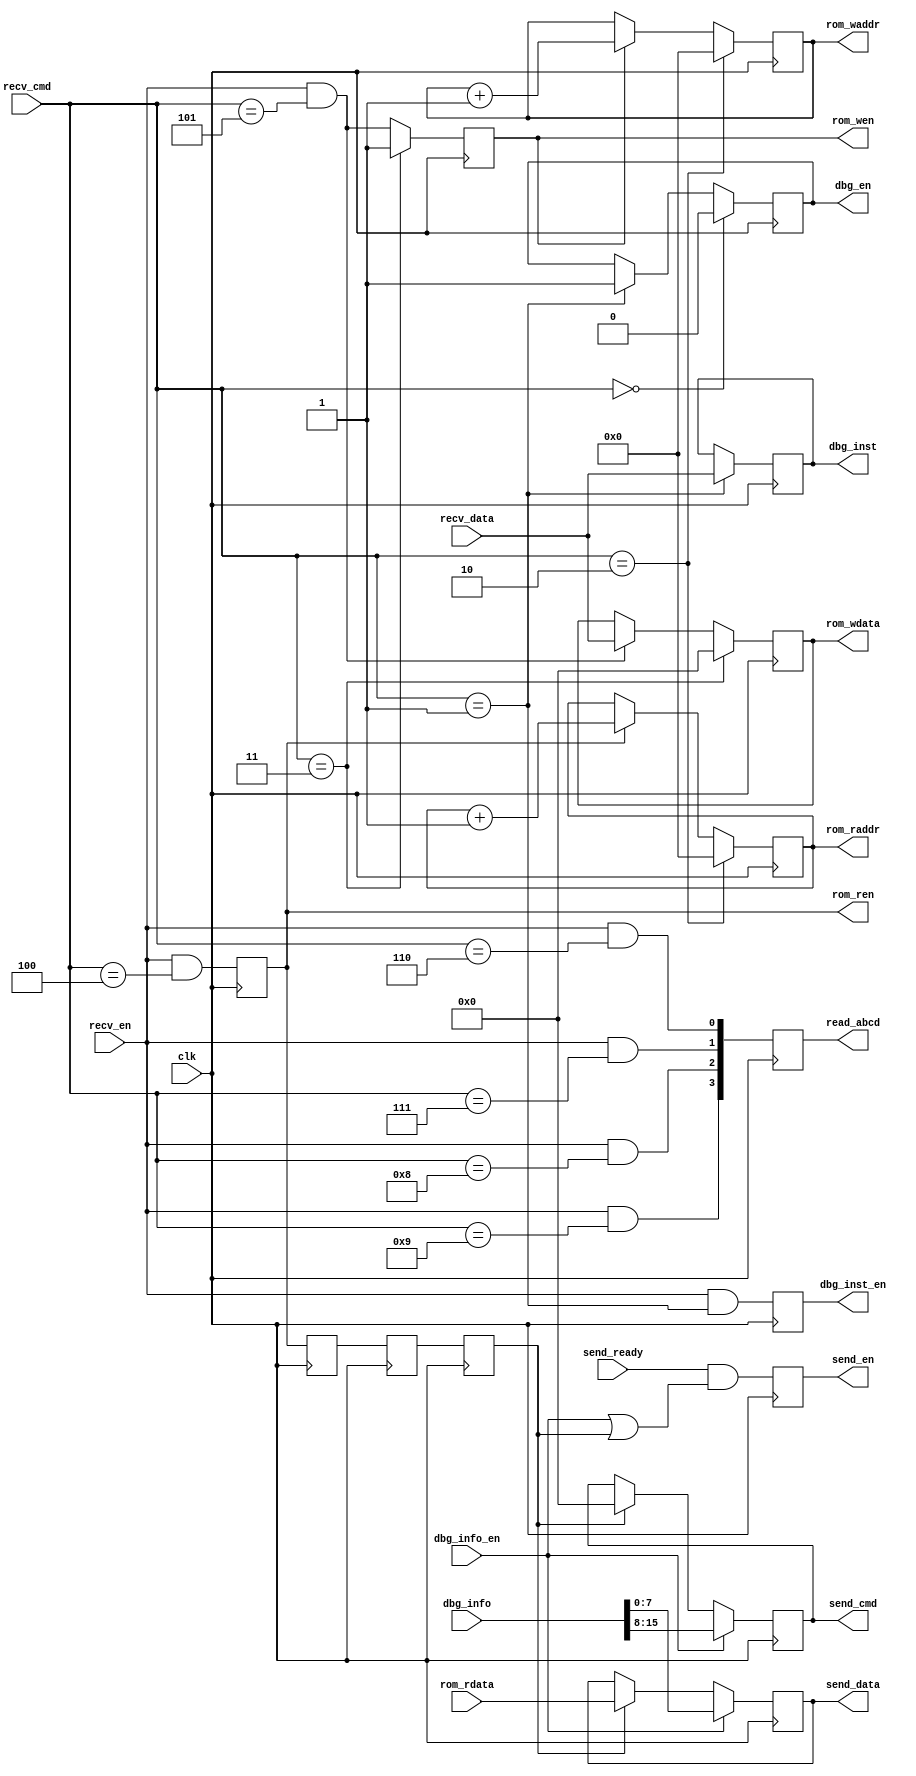
// This program was cloned from: https://github.com/verimake-team/SparkRoad-V
// License: MIT License

`timescale 1ns / 1ps
//////////////////////////////////////////////////////////////////////////////////
// Company: 
// Engineer: 
// 
// Create Date:
// Design Name: 
// Module Name: debug
// Project Name: 
// Target Devices: 
// Tool Versions: 
// Description: 
// 
// Dependencies: 
// 
// Revision:
// Revision 0.01 - File Created
// Additional Comments:
// 
//////////////////////////////////////////////////////////////////////////////////

module debug
(
    input   wire		clk,
    
    // rom write
    output  reg			rom_wen,
    output  reg [23:0]	rom_waddr,
    output  reg [7:0]	rom_wdata,
    
    // rom read
    output  reg			rom_ren,
    output  reg  [23:0]	rom_raddr,
    input   wire [7:0]	rom_rdata,
    
    // debug inst
    output  reg			dbg_en,
    output  reg			dbg_inst_en,
    output  reg  [7:0]	dbg_inst,
    
    // debug info
    output  reg  [3:0]	read_abcd,
    input   wire		dbg_info_en,
    input   wire [15:0]	dbg_info,
    
    // uart
	input	wire		recv_en,
	input	wire [7:0]	recv_cmd,
	input	wire [7:0]	recv_data,
    output  reg			send_en,
    output  reg  [7:0]	send_cmd,
    output  reg  [7:0]	send_data,
    input   wire		send_ready
);

reg free_run_cmd;
reg debug_cmd;
reg clear_rom_addr_cmd;
reg clear_rom_data_cmd;
reg read_rom_cmd;
reg write_rom_cmd;
reg read_a_cmd;
reg read_b_cmd;
reg read_c_cmd;
reg read_d_cmd;
reg rom_ren_d0;
reg rom_ren_d1;
reg rom_bk_en;

// 
always@(*)
begin
    free_run_cmd        = (recv_cmd == 0);
    debug_cmd           = (recv_cmd == 1);
    clear_rom_addr_cmd  = (recv_cmd == 2);
    clear_rom_data_cmd  = (recv_cmd == 3);
    read_rom_cmd        = (recv_cmd == 4);
    write_rom_cmd       = (recv_cmd == 5);
    read_a_cmd          = (recv_cmd == 6);
    read_b_cmd          = (recv_cmd == 7);
    read_c_cmd          = (recv_cmd == 8);
    read_d_cmd          = (recv_cmd == 9);
end

// 
always@(posedge clk)
begin
    if(free_run_cmd)
        dbg_en <= 0;
    else if(debug_cmd)
        dbg_en <= 1;
end

// 
always@(posedge clk)
begin
    dbg_inst_en <= recv_en && debug_cmd;
    if(debug_cmd)
        dbg_inst <= recv_data;
end

// ABCD
always@(posedge clk)
begin
    read_abcd[0] <= recv_en && read_a_cmd;
    read_abcd[1] <= recv_en && read_b_cmd;
    read_abcd[2] <= recv_en && read_c_cmd;
    read_abcd[3] <= recv_en && read_d_cmd;
end

// rom
always@(posedge clk)
begin
    if(clear_rom_data_cmd)
        rom_wen <= 1;
    else
        rom_wen <= recv_en && write_rom_cmd;
end

// rom
always@(posedge clk)
begin
    if(clear_rom_addr_cmd)
        rom_waddr <= 0;
    else if(rom_wen)
        rom_waddr <= rom_waddr + 1;
end

// rom
always@(posedge clk)
begin
    if(clear_rom_data_cmd)
        rom_wdata <= 0;
    else if(recv_en && write_rom_cmd)
        rom_wdata <= recv_data;
end

// rom
always@(posedge clk)
begin
    rom_ren <= recv_en && read_rom_cmd;
end

// rom
always@(posedge clk)
begin
    if(clear_rom_addr_cmd)
        rom_raddr <= 0;
    else if(rom_ren)
        rom_raddr <= rom_raddr + 1;
end

// rom
always@(posedge clk)
begin
    rom_ren_d0 <= rom_ren;
    rom_ren_d1 <= rom_ren_d0;
    rom_bk_en <= rom_ren_d1;
end

// 
always@(posedge clk)
begin
    send_en <= send_ready && (dbg_info_en || rom_bk_en);
end

// 
always@(posedge clk)
begin
    if(dbg_info_en)
    begin
        send_cmd <= dbg_info[15:8];
        send_data <= dbg_info[7:0];
    end
    else if(rom_bk_en)
    begin
        send_cmd <= 0;
        send_data <= rom_rdata;
    end
end

endmodule